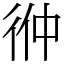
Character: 㣡